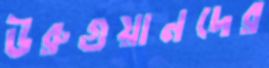
উরুগুয়ানদের